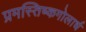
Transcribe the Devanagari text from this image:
प्रमस्तिष्कगोलार्ध